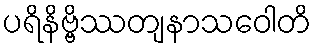
ပရိနိဗ္ဗိဿတျနာသဝေါတိ